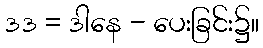
ဒဒ = ဒါနေ - ပေးခြင်း၌။